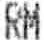
RM